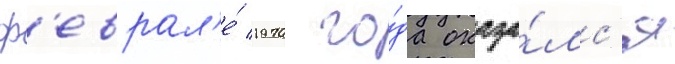
ф'еврал'е́ 1970 го́да оказа́лс'я